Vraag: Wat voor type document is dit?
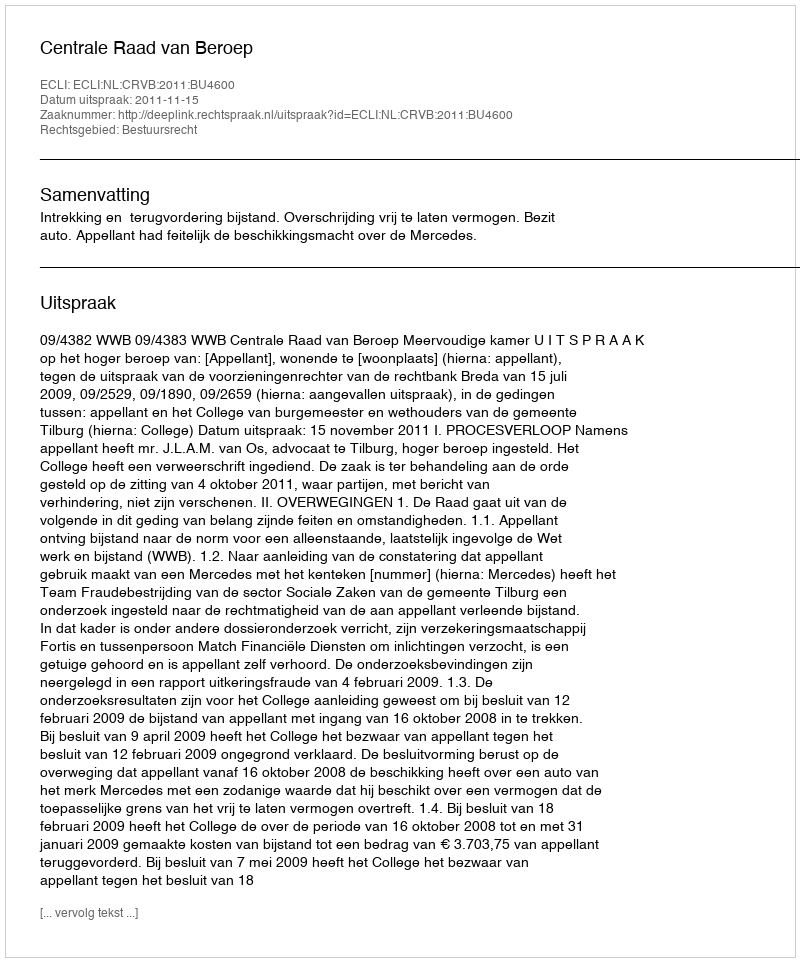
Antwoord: Uitspraak